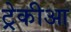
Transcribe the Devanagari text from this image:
ट्रेकीआ